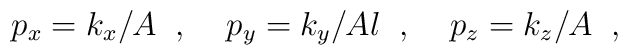
p_{x}=k_{x}/A\;\;,  \;\;\;\;p_{y}=k_{y}/Al\;\;, \;\;\;\; p_{z}=k_{z}/A\;\;,